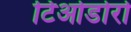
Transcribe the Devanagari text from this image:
टिओडोरो